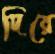
দিরে